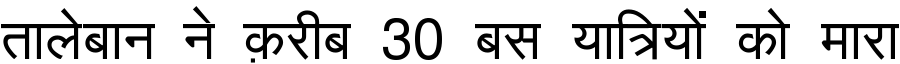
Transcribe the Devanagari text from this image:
तालेबान ने क़रीब 30 बस यात्रियों को मारा